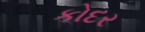
કોદર